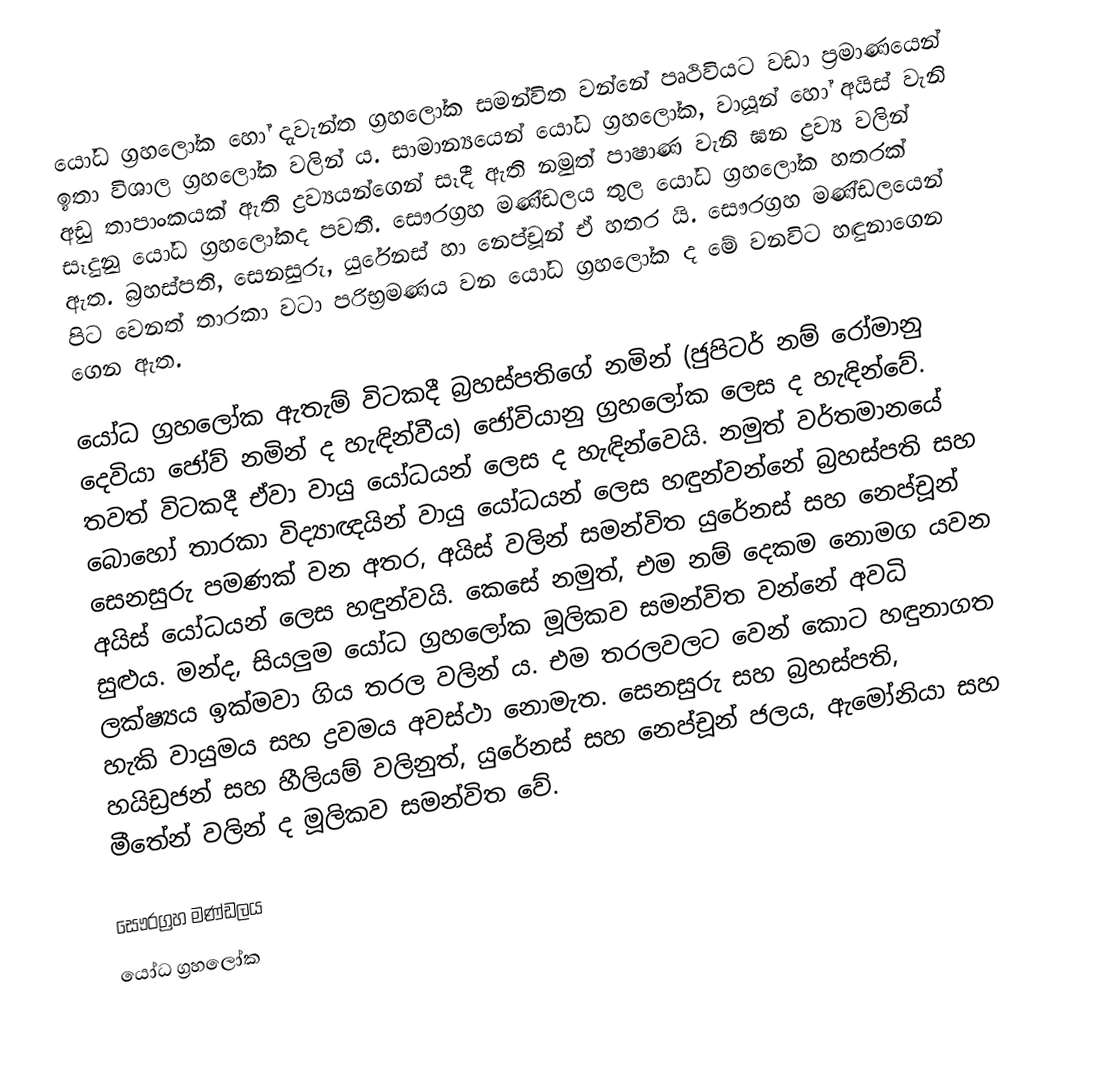
යෝධ ග්‍රහලෝක හෝ දැවැන්ත ග්‍රහලෝක සමන්විත වන්නේ පෘථිවියට වඩා ප්‍රමාණයෙන් ඉතා විශාල ග්‍රහලෝක වලින් ය. සාමාන්‍යයෙන් යෝධ ග්‍රහලෝක, වායූන් හෝ අයිස් වැනි අඩු තාපාංකයක් ඇති ද්‍රව්‍යයන්ගෙන් සෑදී ඇති නමුත් පාෂාණ වැනි ඝන ද්‍රව්‍ය වලින් සෑදුනු යෝධ ග්‍රහලෝකද පවතී. සෞරග්‍රහ මණ්ඩලය තුල යෝධ ග්‍රහලෝක හතරක් ඇත. බ්‍රහස්පති, සෙනසුරු, යුරේනස් හා නෙප්චූන් ඒ හතර යි. සෞරග්‍රහ මණ්ඩලයෙන් පිට වෙනත් තාරකා වටා පරිභ්‍රමණය වන යෝධ ග්‍රහලෝක ද මේ වනවිට හඳුනාගෙන ගෙන ඇත.

යෝධ ග්‍රහලෝක ඇතැම් විටකදී බ්‍රහස්පතිගේ නමින් (ජුපිටර් නම් රෝමානු දෙවියා ජෝව් නමින් ද හැඳින්වීය) ජෝවියානු ග්‍රහලෝක ලෙස ද හැඳින්වේ. තවත් විටකදී ඒවා වායු යෝධයන් ලෙස ද හැඳින්වෙයි. නමුත් වර්තමානයේ බොහෝ තාරකා විද්‍යාඥයින් වායු යෝධයන් ලෙස හඳුන්වන්නේ බ්‍රහස්පති සහ සෙනසුරු පමණක් වන අතර, අයිස් වලින් සමන්විත යුරේනස් සහ නෙප්චූන් අයිස් යෝධයන් ලෙස හඳුන්වයි. කෙසේ නමුත්, එම නම් දෙකම නොමග යවන සුළුය. මන්ද, සියලුම යෝධ ග්‍රහලෝක මූලිකව සමන්විත වන්නේ අවධි ලක්ෂ්‍යය ඉක්මවා ගිය තරල වලින් ය. එම තරලවලට වෙන් කොට හඳුනාගත හැකි වායුමය සහ ද්‍රවමය අවස්ථා නොමැත. සෙනසුරු සහ බ්‍රහස්පති, හයිඩ්‍රජන් සහ හීලියම් වලිනුත්, යුරේනස් සහ නෙප්චූන් ජලය, ඇමෝනියා සහ මීතේන් වලින් ද මූලිකව සමන්විත වේ.

සෞරග්‍රහ මණ්ඩලය
යෝධ ග්‍රහලෝක